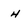
Character: h